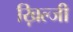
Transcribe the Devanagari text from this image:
ख़िल्जी